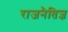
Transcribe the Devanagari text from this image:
राजनैतिज्ञ